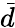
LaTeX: \bar{d}